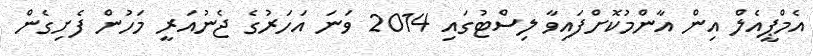
އެމްޕީއެލް އިން އާންމުކޮށްފައިވާ ލިސްޓުގައި 2014 ވަނަ އަހަރުގެ ޖެނުއަރީ މަހުން ފެށިގެން